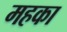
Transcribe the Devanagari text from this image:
महका